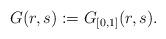
LaTeX: \begin{align*}G(r,s):=G_{[0,1]}(r,s).\end{align*}